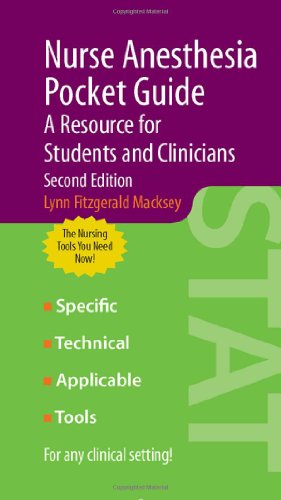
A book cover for Nurse Anesthesia Pocket Guide: A Resource For Students And Clinicians; Lynn Fitzgerald Macksey; Medical Books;